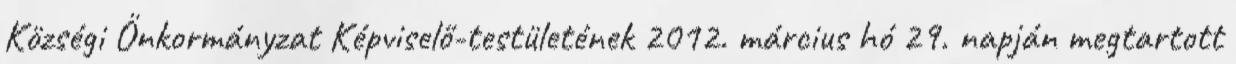
Községi Önkormányzat Képviselő-testületének 2012. március hó 29. napján megtartott